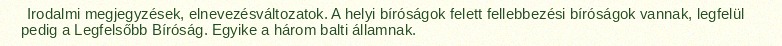
Irodalmi megjegyzések, elnevezésváltozatok. A helyi bíróságok felett fellebbezési bíróságok vannak, legfelül pedig a Legfelsőbb Bíróság. Egyike a három balti államnak.